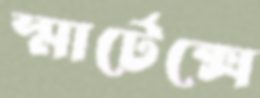
স্মার্টেক্সে